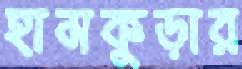
হামকুড়ার